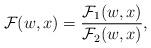
LaTeX: \begin{align*} \mathcal{F}(w, x) &= \dfrac{\mathcal{F}_1(w, x)}{\mathcal{F}_2(w, x)} , \end{align*}